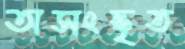
অসংস্কৃত